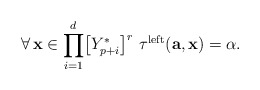
\begin{align*}\forall\,\mathbf{x}\in\displaystyle{\prod_{i=1}^{d}}\big{[}Y_{p+i}^{*}\big{]}^{r}\,\,\tau^{\mathrm{left}}(\mathbf{a},\mathbf{x})=\alpha.\end{align*}